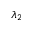
\lambda _ { 2 }